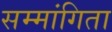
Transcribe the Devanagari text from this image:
सम्मांगिता